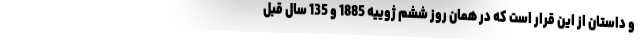
و داستان از این قرار است که در همان روز ششم ژوییه 1885 و 135 سال قبل